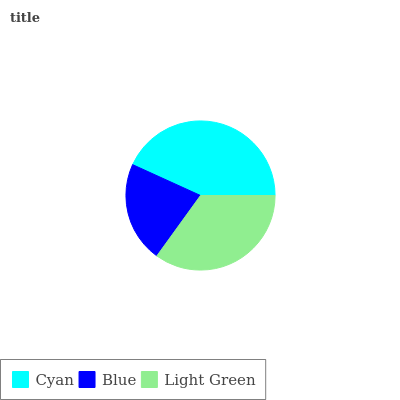
| Cyan | Blue | Light Green |
 | --- | --- | --- |
 | 43.2% | 21.8% | 35% |